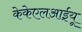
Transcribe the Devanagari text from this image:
केकेएलआईयू